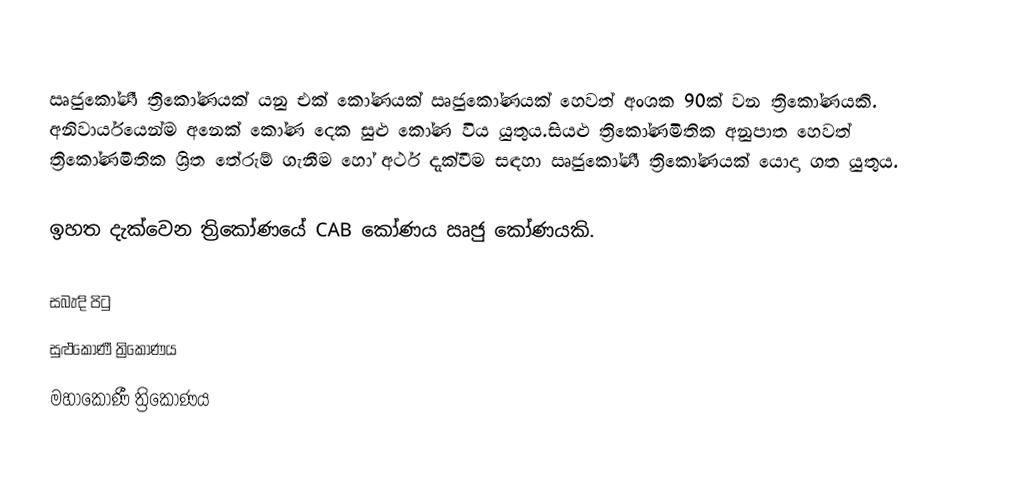
ඍජුකෝණී ත්‍රිකෝණයක් යනු එක් කෝණයක් ඍජුකෝණයක් හෙවත් අංශක 90ක් වන ත්‍රිකෝණයකි. අනිවාර්යයෙන්ම අනෙක් කෝණ දෙක සුළු කෝණ විය යුතුය.සියළු  ත්‍රිකෝණමිතික අනුපාත හෙවත් ත්‍රිකෝණමිතික ශ්‍රිත තේරුම් ගැනීම හෝ අර්ථ දැක්වීම සඳහා ඍජුකෝණී ත්‍රිකෝණයක් යොදා ගත යුතුය.

ඉහත දැක්වෙන ත්‍රිකෝණයේ CAB කෝණය  ඍජු කෝණයකි.

සබැඳි පිටු
 සුළුකෝණී ත්‍රිකෝණය
 මහාකෝණී ත්‍රිකෝණය